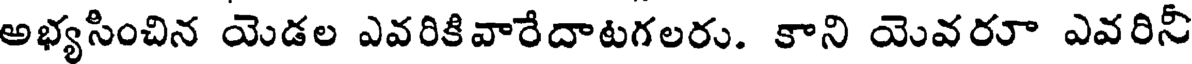
అభ్యసించిన యెడల ఎవరికివారేదాటగలరు. కాని యెవరూ ఎవరినీ